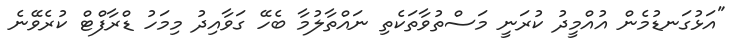
"އަޅުގަނޑުމެން އުއްމީދު ކުރަނީ މަސްތުވާތަކެތި ނައްތާލުމާ ބެހޭ ގަވާއިދު މިމަހު ޑްރާފްޓް ކުރެވޭނެ